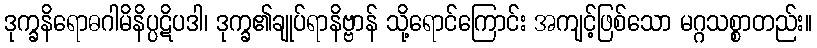
ဒုက္ခနိရောဓဂါမိနိပ္ပဋိပဒါ၊ ဒုက္ခ၏ချုပ်ရာနိဗ္ဗာန် သို့ရောင်ကြောင်း အကျင့်ဖြစ်သော မဂ္ဂသစ္စာတည်း။